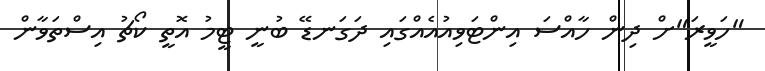
"ހަވީރަ"ށް ދިން ހާއްސަ އިންޓަވިއުއެއްގައި ދަގަނޑޭ ބުނީ ޓީމު އޮތީ ކޯޗު އިސްތަވާން